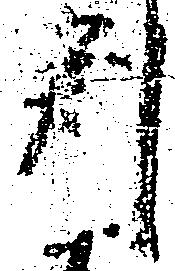
判